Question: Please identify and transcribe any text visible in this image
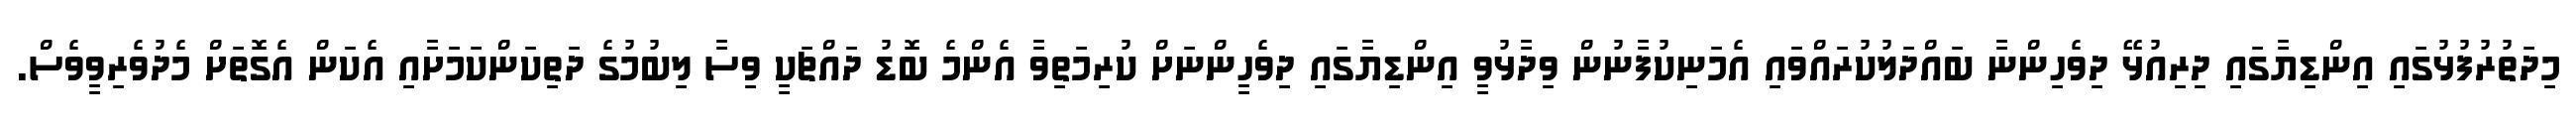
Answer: މިދަތުރުފުޅުގައި އިންޑިޔާގައި ދިރިއުޅޭ ދިވެހިންނާ ބައްދަލުކުރައްވައި އެމަނިކުފާނުން ވިދާޅުވީ އިންޑިޔާގައި ދިވެހީންނަށް ކުރިމަތިވާ އެންމެ ބޮޑު ދައްޗަކީ ވިސާ ލިބުމުގެ ދަތިކަންކަމަށާއި އެކަން އެގޮތަށް މެދުވެރިވީވެސް.